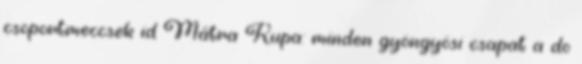
csoportmeccsek id Mátra Kupa: minden gyöngyösi csapat a do